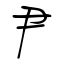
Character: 尹